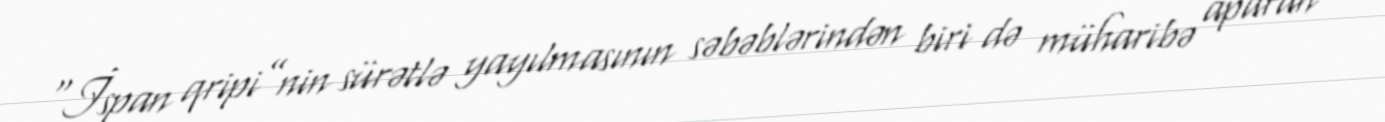
“İspan qripi”nin sürətlə yayılmasının səbəblərindən biri də müharibə aparan